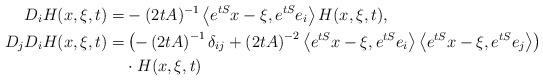
LaTeX: \begin{align*} D_i H(x,\xi,t) =& -(2 t A)^{-1}\left\langle e^{tS}x-\xi,e^{tS}e_i\right\rangle H(x,\xi,t), \\ D_j D_i H(x,\xi,t) =& \left(-\left(2 t A\right)^{-1}\delta_{ij}+\left(2 t A\right)^{-2}\left\langle e^{tS}x-\xi,e^{tS}e_i\right\rangle\left\langle e^{tS}x-\xi,e^{tS}e_j\right\rangle\right) \\ & \cdot H(x,\xi,t)\end{align*}